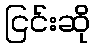
ငြင်းဆို